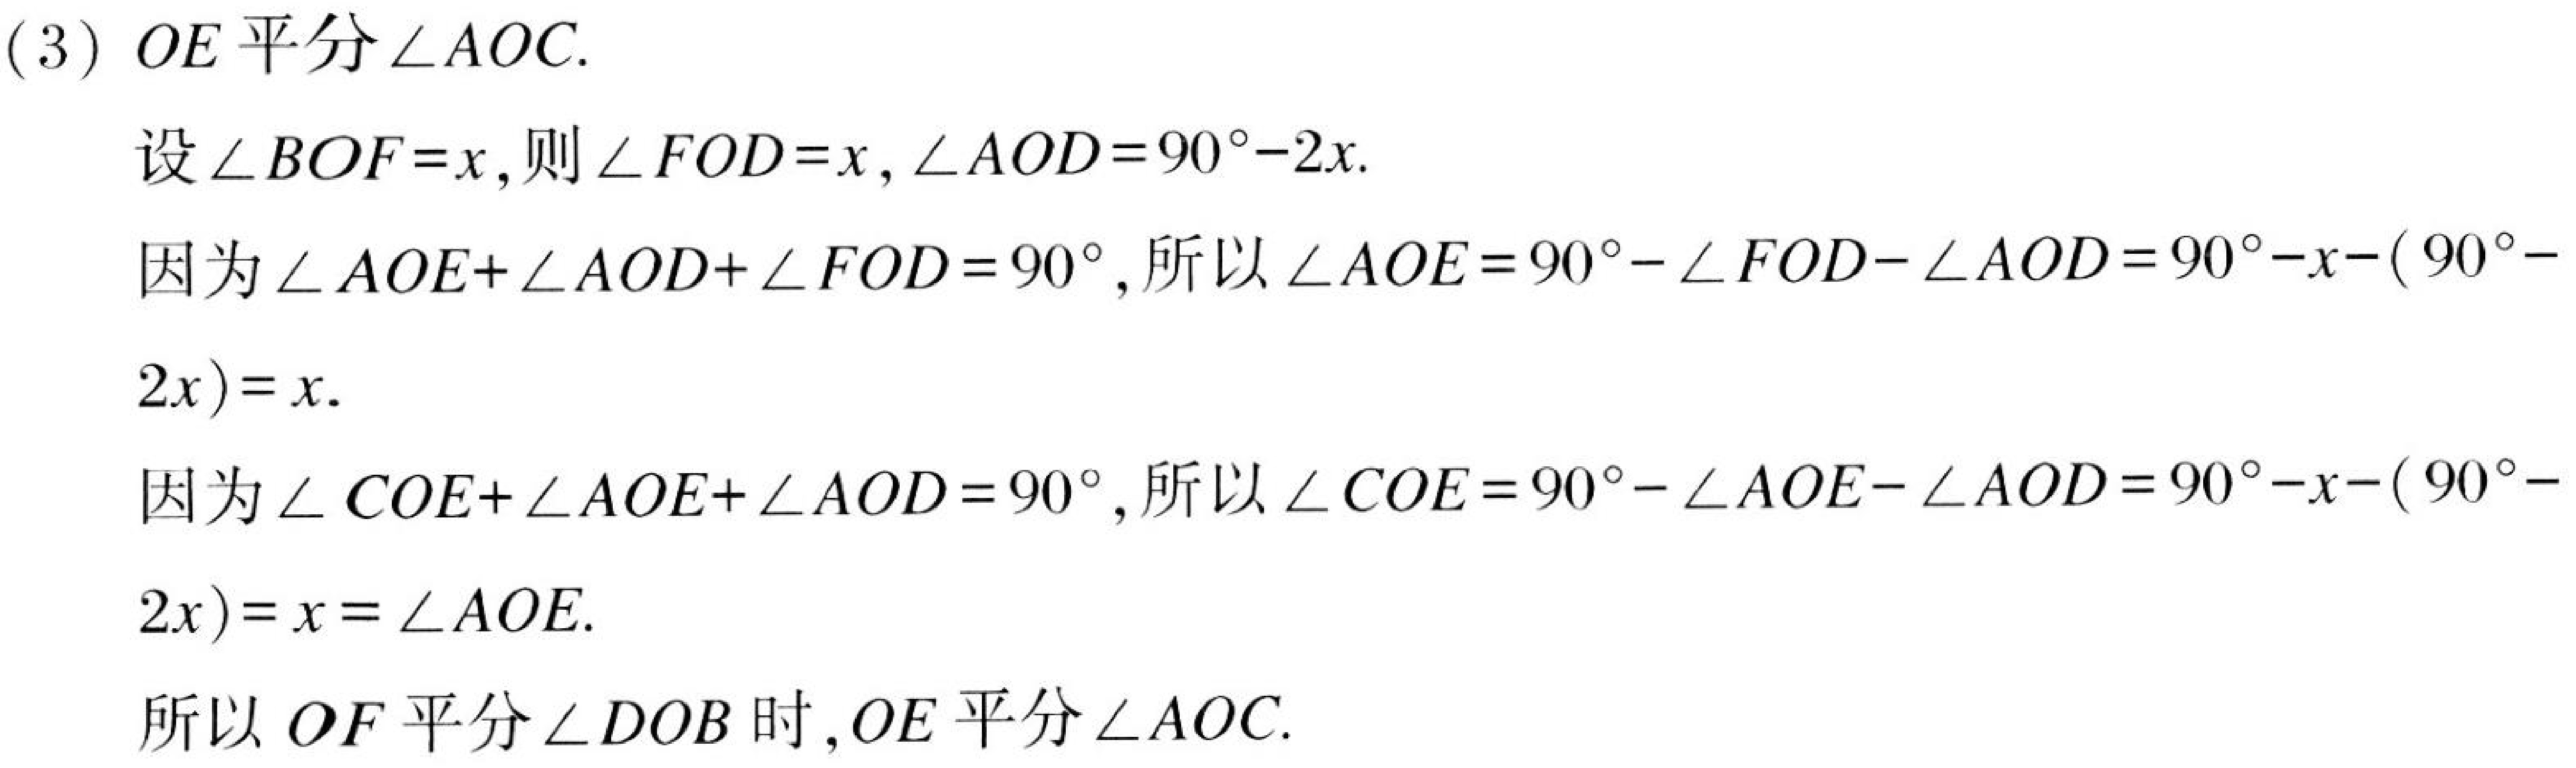
(3) \(OE\)平分\(\angle AOC\).
设\(\angle BOF = x\), 则\(\angle FOD = x,\angle AOD = 90^{\circ}-2x\).
因为\(\angle AOE+\angle AOD+\angle FOD = 90^{\circ}\), 所以\(\angle AOE = 90^{\circ}-\angle FOD-\angle AOD = 90^{\circ}-x-(90^{\circ}-2x)=x\).
因为\(\angle COE+\angle AOE+\angle AOD = 90^{\circ}\), 所以\(\angle COE = 90^{\circ}-\angle AOE-\angle AOD = 90^{\circ}-x-(90^{\circ}-2x)=x=\angle AOE\).
所以\(OF\)平分\(\angle DOB\)时,\(OE\)平分\(\angle AOC\).